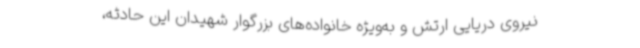
نیروی دریایی ارتش و به‌ویژه خانواده‌های بزرگوار شهیدان این حادثه،